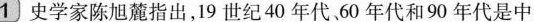
1 史学家陈旭麓指出，19世纪40年代、60年代和90年代是中